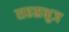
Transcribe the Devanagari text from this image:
सहस्रभुज